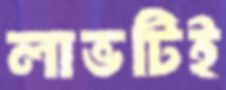
লাভটিই